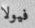
فيولا